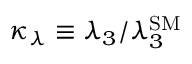
\kappa _ { \lambda } \equiv \lambda _ { 3 } / \lambda _ { 3 } ^ { \mathrm { S M } }